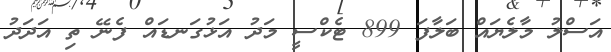
އަސްލު މާލެޔައް ބަލާފަ 899 ޓެކްސީ މަދު އަޅުގަނޑައް ފެނޭ ތި އަދަދު